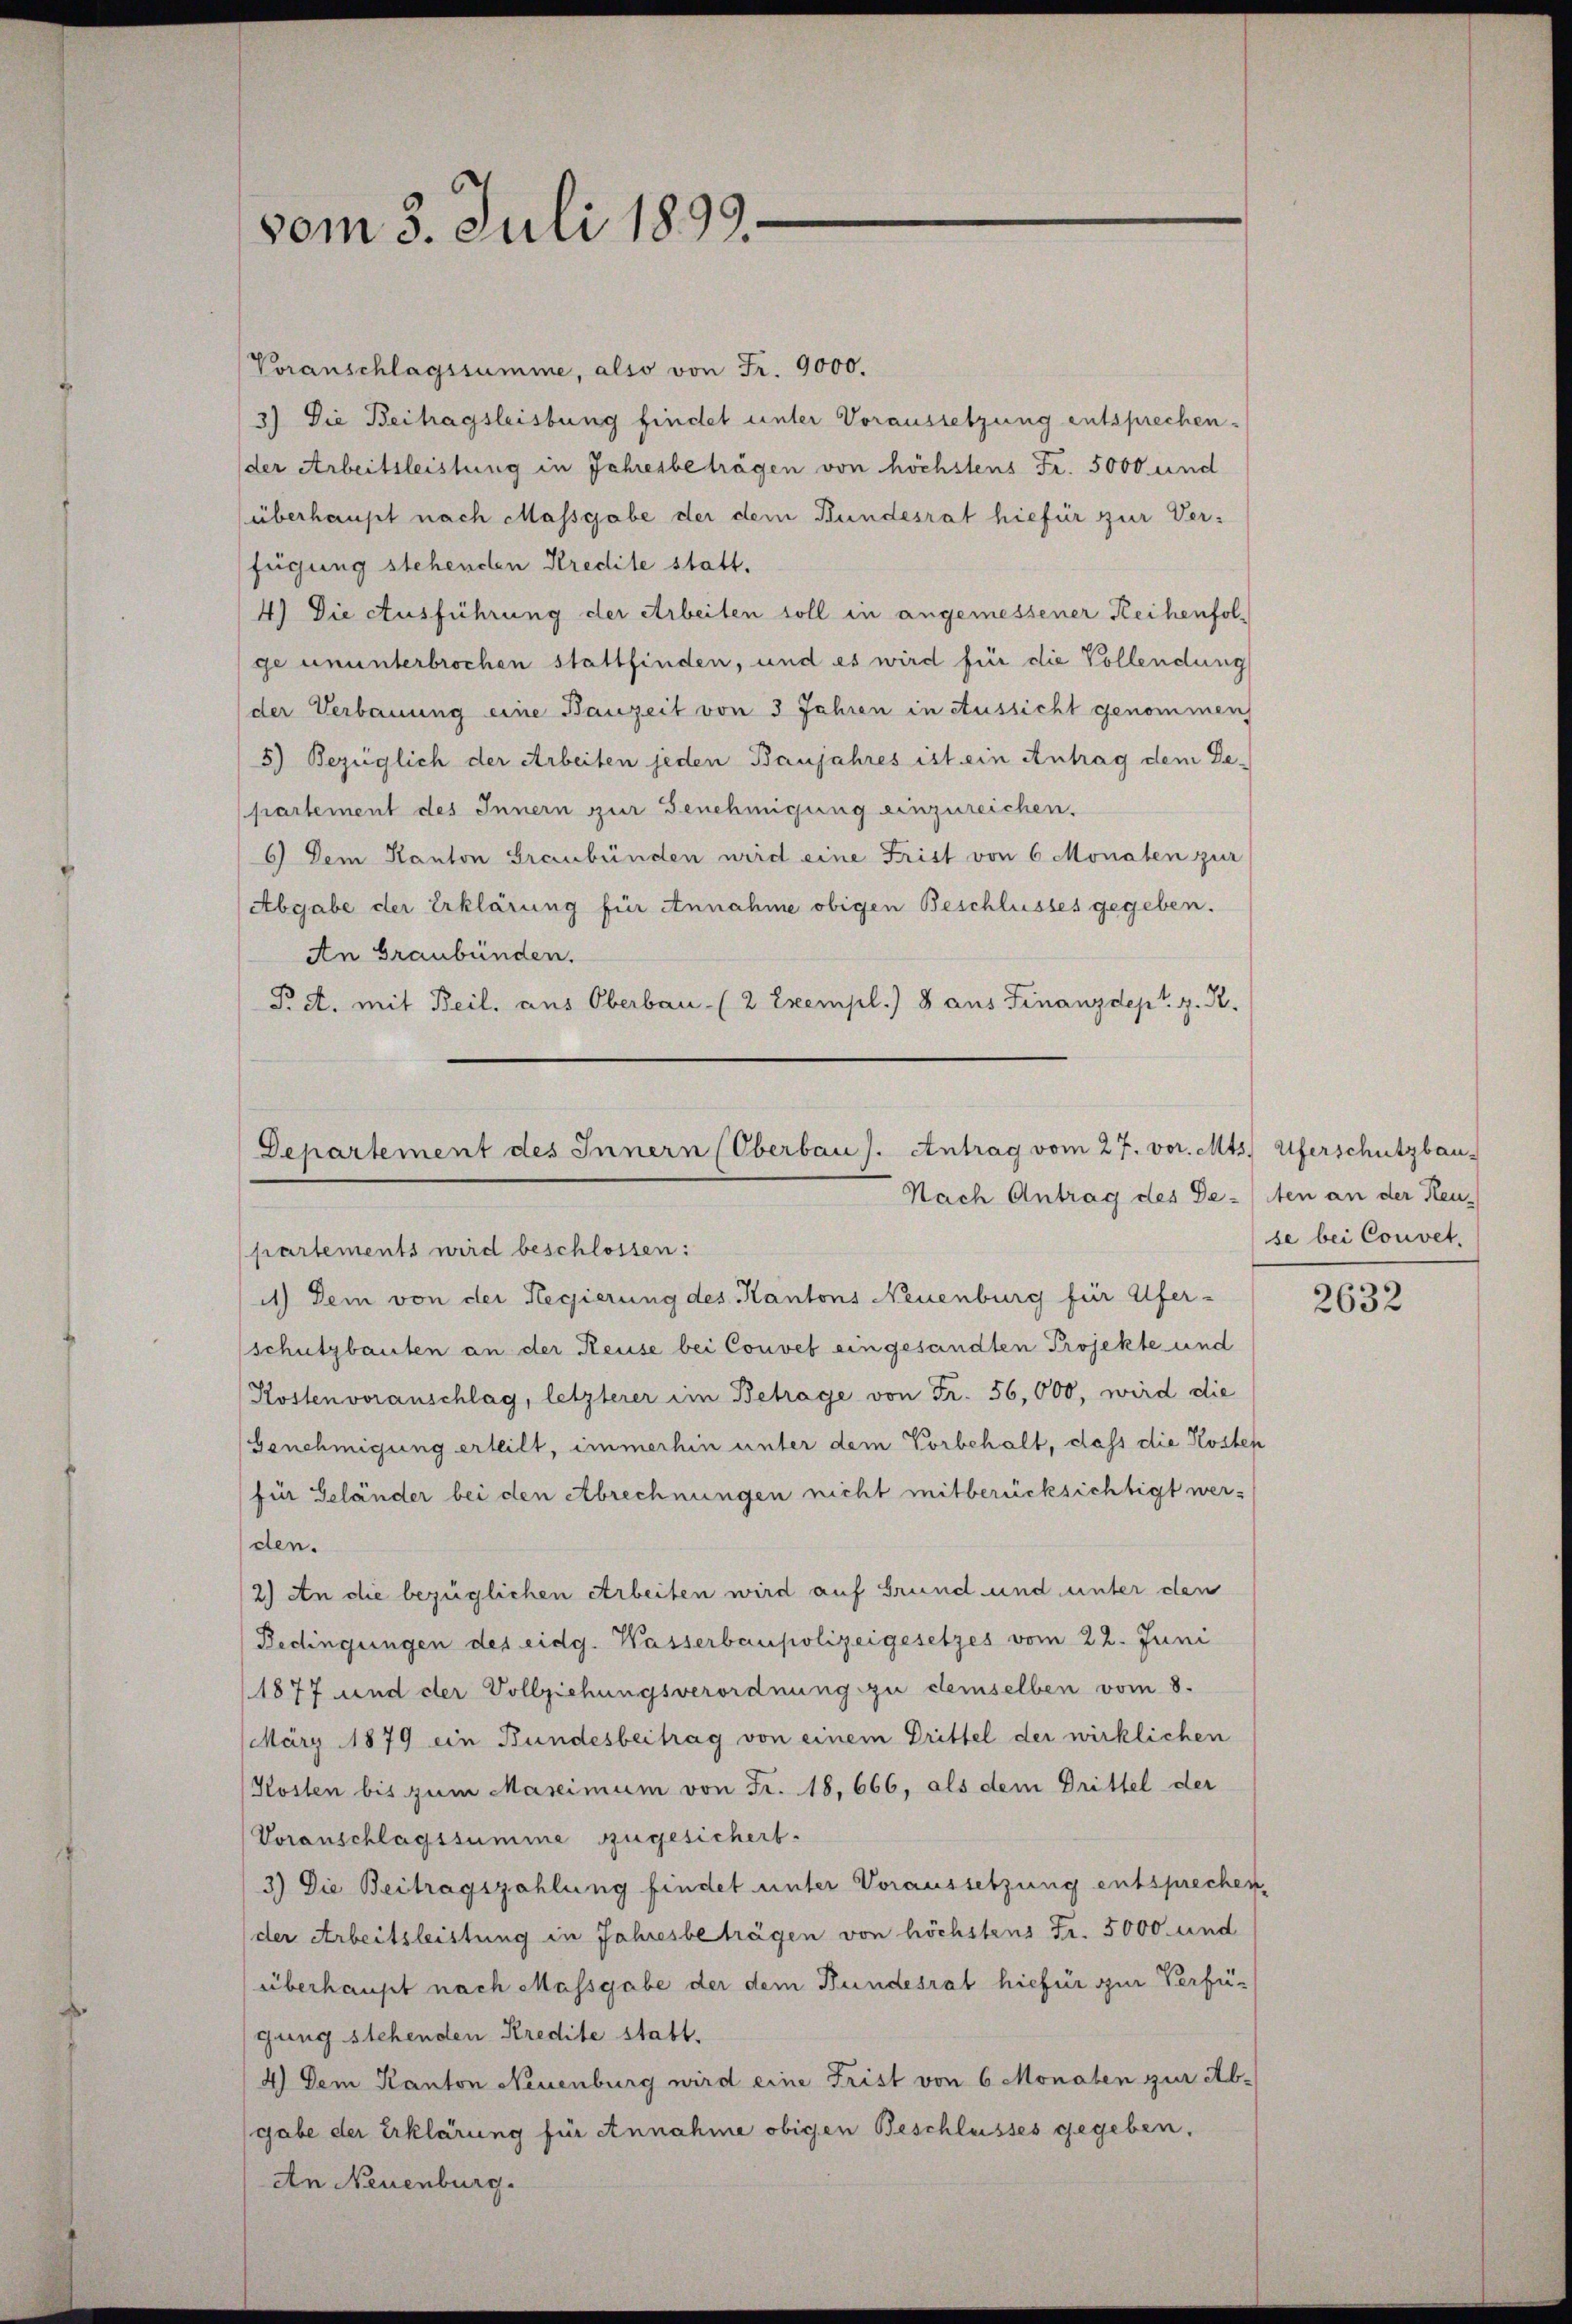
vom 3. Juli 1899.

Veranschlagssumme, also von Fr. 9000.
3) Die Beitragsleistung findet unter Voraussetzung entsprechen-
der Arbeitsleistung in Jahresbeträgen von höchstens Fr. 5000 und
überhaupt nach Massgabe der dem Bundesrat hiefür zur Verfügung stehenden Kredite statt.
4) Die Ausführung der Arbeiten soll in angemessener Reihenfol-
ge ununterbrochen stattfinden, und es wird für die Vollendung
der Verbauung eine Bauzeit von 3 Jahren in Aussicht genommen,
5) Bezüglich der Arbeiten jeden Banjahres ist ein Antrag dem De-
partement des Innern zur Genehmigung einzureichen.
6) Dem Kanton Graubünden wird eine Frist von 6 Monaten zur
Abgabe der Erklärung für Annahme obigen Beschlusses gegeben.
An Graubünden.
Pct. mit Beil. aus Oberbau- (2 Exempl.) 8 aus Finanzdept. z. R.

Departement des Innern (Oberbau s. Antrag vom 27. vor. Mts. Uferschutzbau-
Nach Antrag des Deten an der Heu-

partements wird beschlossen:
11.) Dem von der Regierung des Kantons Neuenburg für Ufer-
schutzbauten an der Reuse bei Convet eingesandten Projekte und
Kostenvoranschlag, letzterer im Betrage von Fr. 56,000, wird die
Genehmigung erteilt, immerhin unter dem Vorbehalt, dass die Kosten
für Geländer bei den Abrechnungen nicht mitberücksichtigt werden.
2.) An die bezüglichen Arbeiten wird auf Grund und unter den
Bedingungen des eidg. Wasserbaupolizeigesetzes vom 22. Juni
(1877 und der Vollziehungsverordnung zu demselben vom 8.
(März 1879 ein Bundesbeitrag von einem Drittel der wirklichen
Kosten bis zum Marcimum von Fr. 18,666, als dem Drittel der
Voranschlagssumme zugesichert.
3) Die Beitragszahlung findet unter Voraussetzung entsprechen,
der Arbeitsleistung in Jahresbeträgen von höchstens Fr. 5000 und
überhaupt nach Massgabe der dem Bundesrat hiefür zur Verfügung stehenden Kredite statt.
4) Dem Kanton Neuenburg wird eine Frist von 6 Monaten zur Ab-
gabe der Erklärung für Annahme obigen Beschlusses gegeben.
An Neuenburg.

se bei Convet.

2632